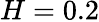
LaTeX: H=0.2